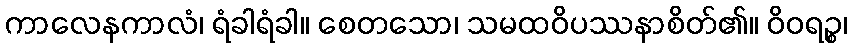
ကာလေနကာလံ၊ ရံခါရံခါ။ စေတသော၊ သမထဝိပဿနာစိတ်၏။ ဝိဝရဉ္စ၊